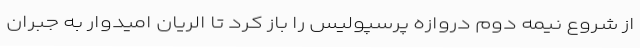
از شروع نیمه دوم دروازه پرسپولیس را باز کرد تا الریان امیدوار به جبران